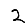
Digit: 2